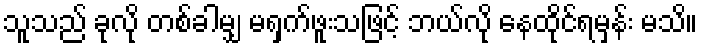
သူသည် ခုလို တစ်ခါမျှ မရှက်ဖူးသဖြင့် ဘယ်လို နေထိုင်ရမှန်း မသိ။